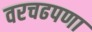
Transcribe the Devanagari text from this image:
वरचढपणा